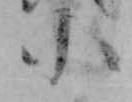
小